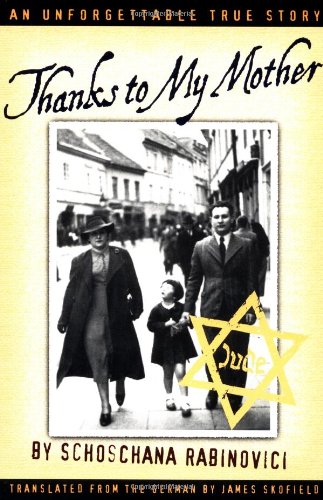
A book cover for Thanks to My Mother; Schoschana Rabinovici; Children's Books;